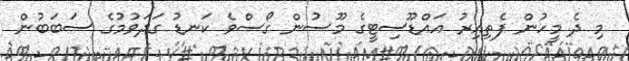
މި ދެ މީހުން ފެތިއިރު އައްޑޫސިޓީގެ މޫސުން ގޯސްވެ ކަނޑު ގަދަވުމުގެ ސަބަބުން